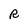
Character: R